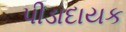
પીડાદાયક